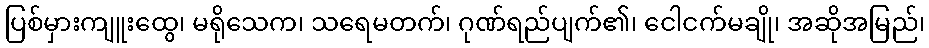
ပြစ်မှားကျူးထွေ၊ မရိုသေက၊ သရေမတက်၊ ဂုဏ်ရည်ပျက်၏၊ ငေါငက်မချို၊ အဆိုအမြည်၊